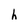
Character: h